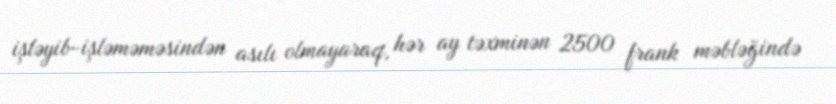
işləyib-işləməməsindən asılı olmayaraq, hər ay təxminən 2500 frank məbləğində